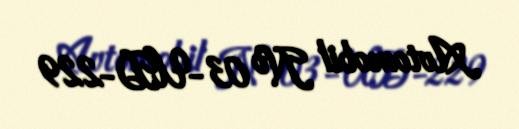
Avtomobil № 03-UD-229